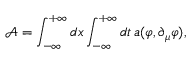
\mathcal { A } = \int _ { - \infty } ^ { + \infty } d x \int _ { - \infty } ^ { + \infty } d t \, a ( \varphi , \partial _ { \mu } \varphi ) ,